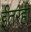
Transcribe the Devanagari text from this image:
ईतरही